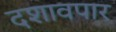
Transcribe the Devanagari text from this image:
दशावपार